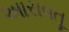
આરાવતૂ